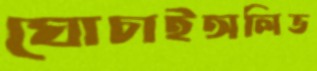
ঘোচাইঅলিভ